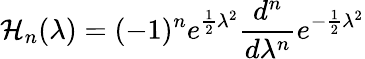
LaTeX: \mathcal{H}_{n}(\lambda)=(-1)^{n}e^{\frac{{1}}{{2}}\lambda^{2}}\frac{{d^{n}}}{{d\lambda^{n}}}e^{-\frac{{1}}{{2}}\lambda^{2}}